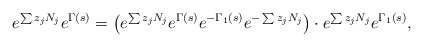
\begin{align*}e^{\sum z_j N_j} e^{\Gamma(s)} = \left( e^{\sum z_j N_j} e^{\Gamma(s)} e^{-\Gamma_1(s)} e^{-\sum z_j N_j} \right)\cdot e^{\sum z_j N_j} e^{\Gamma_1(s)},\end{align*}